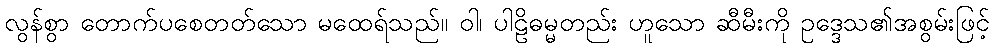
လွန်စွာ တောက်ပစေတတ်သော မထေရ်သည်။ ဝါ၊ ပါဠိဓမ္မတည်း ဟူသော ဆီမီးကို ဥဒ္ဒေသ၏အစွမ်းဖြင့်